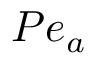
P { e _ { a } }